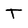
Character: T